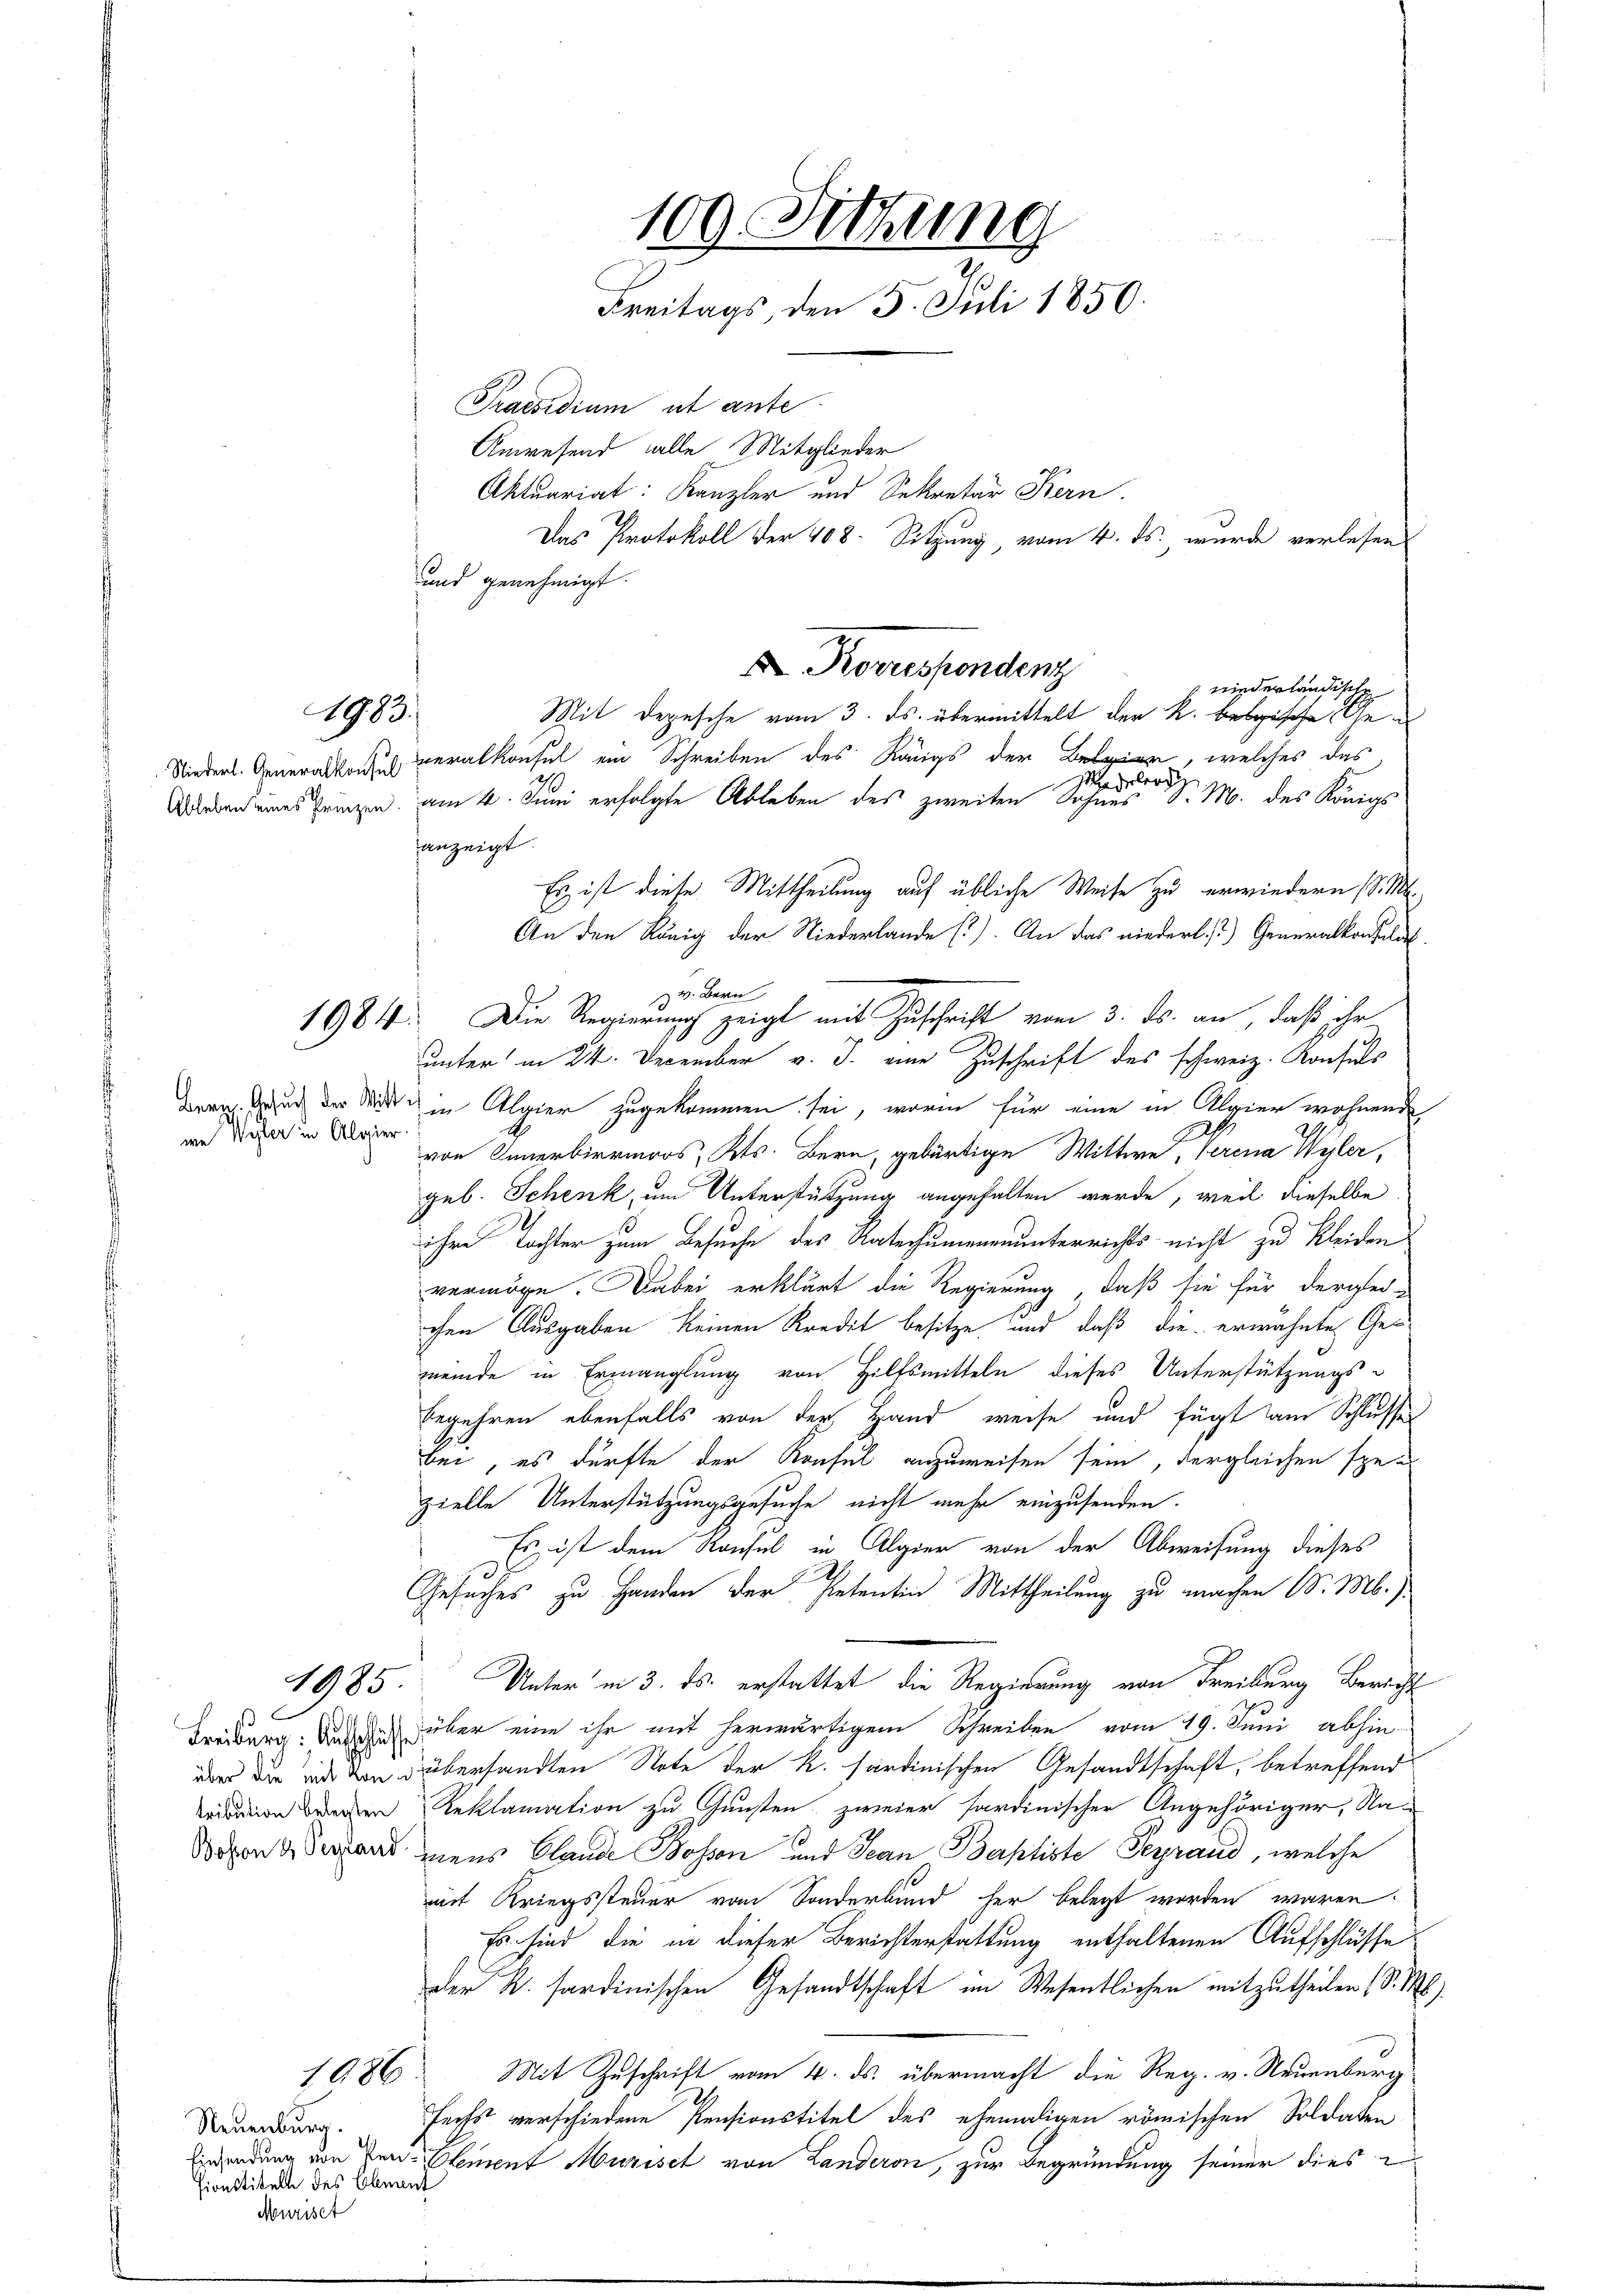
1983.

we Wester in Algier

1985

und genehmigt.
Nieders. Generalkonsich veralkonsul ein Schreiben des Königs der an, welches das
2
delrod,
Wieben eines Grenzen am 4. Juni erfolgte Ableben des zweiten Sohnes d. M. des Königs
anzeigt.
Es ist diese Mittheilung auf übliche Weise zu erwiedern (S. M.
An den König der Niederlande (). An das niederl. T.) Generalkonsulat
unter in 24. December v. J. eine Zuschrift des schweiz. Konsuls
brauch. Gesuch der Mitte in Algier zugekommen sei, worin für eine in Klaier wohnende
von Innerbirrmoos, Kts. Bern, gebürtige Wittwe, Verena Wyler,
geb. Schenk, um Unterstützung angehalten werde, weil dieselbe
ihre Tochter zum Besuche des Ratecumenenunterrichts nicht zu kleiden
vermöge. Dabei erklärt die Regierung, daß sie für derglei-
chen Ausgaben keinen Kredit besitze und daß die erwähnte Gemeinde in Ermanglung von Hilfsmitteln dieses Unterstützungsbegehren ebenfalls von der Hand weise und fügt am Schlusses
bei, es dürfte der Konsul anzuweisen sein, dergleichen spezielle Unterstützungsgesuche nicht mehr einzusenden.
Es ist dem Konsul in Algier von der Abweisung dieses
Gesuches zu Handen der Petentin Mittheilung zu machen d. M.
Unter in 3. ds. erstattet die Regierung von Freiburg Bericht
Freiburg. Augen über eine ihr mit herwärtigem Schreiben vom 19. Juni abhin
ür die und von übersandten Note der K. färdinischen Gesandtschaft, betreffend
ridation denen Reklamation zu Gunsten zweier fardinischer Angehöriger, Na¬
Sogen derand mens Plande Bossen und Jean Berptiste Seyrand, welche
mit Kriegssteuer vom Sonderbund her belegt worden wären.
Es sind die in dieser Berichterstattung enthaltenen Aufschlüsse
der K. Sardinischen Gesandtschaft im Wesentlichen mitzutheilen (S. M
Mit Zuschrift vom 4. ds. übermacht die Reg. v. Neuenburg
1086
fechs verschiedene Pensionstitel des ehemaligen römischen Soldaten
Einsendung von Pen-Element Murist von Landeron, zur Begründung seiner dies

Neuenburg.
sionstitelt des Ebnauf
Meuriset

109. Sitzung
Freitags, den 5. Juli 1850.
Praesidium ut ante
Anwesend alle Mitglieder
Aktuariat: Kanzler und Sekretär Bern.
Das Protokoll der 408. Sitzung, vom 4. ds. wurde verlesen

E Korrespondenz
 niederländische
Mit Depesche vom 3. ds. übermittelt der R. belgische Ge¬

v. Bern

1984. Die Regierung zeigt mit Zuschrift vom 3. ds. an, daß ihr